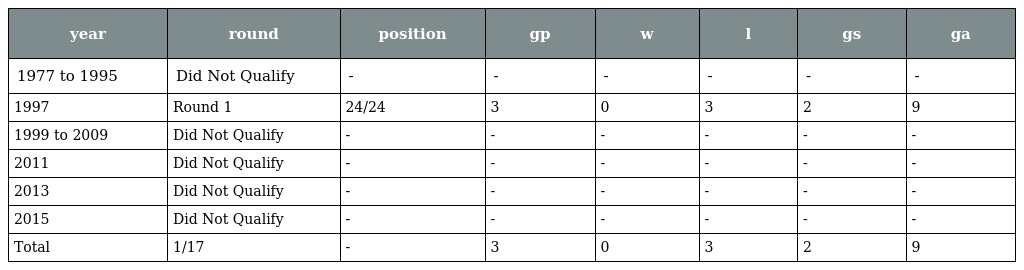
| year | round | position | gp | w | l | gs | ga |
 | --- | --- | --- | --- | --- | --- | --- | --- |
 | 1977 to 1995 | Did Not Qualify | - | - | - | - | - | - |
 | 1997 | Round 1 | 24/24 | 3 | 0 | 3 | 2 | 9 |
 | 1999 to 2009 | Did Not Qualify | - | - | - | - | - | - |
 | 2011 | Did Not Qualify | - | - | - | - | - | - |
 | 2013 | Did Not Qualify | - | - | - | - | - | - |
 | 2015 | Did Not Qualify | - | - | - | - | - | - |
 | Total | 1/17 | - | 3 | 0 | 3 | 2 | 9 |